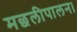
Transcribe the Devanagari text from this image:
मछलीपालन।